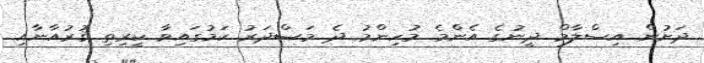
ދަށުން އިސްލާމް ދީނުގެ އެންމެ މުހިންމު ދެ މަޞްދަރު ކަމުގައިވާ ކީރިތި ޤުރުއާނާއި